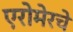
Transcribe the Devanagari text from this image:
एरोमेरचे